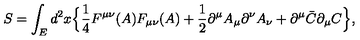
S = \int _ { E } d ^ { 2 } x \Bigr \{ \mathrm { \frac { 1 } { 4 } } F ^ { \mu \nu } ( A ) F _ { \mu \nu } ( A ) + \mathrm { \frac { 1 } { 2 } } \partial ^ { \mu } A _ { \mu } \partial ^ { \nu } A _ { \nu } + \partial ^ { \mu } \bar { C } \partial _ { \mu } C \Bigr \} ,